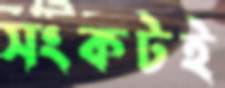
সংকটই